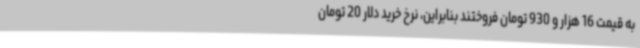
به قیمت 16 هزار و 930 تومان فروختند بنابراین، نرخ خرید دلار 20 تومان